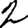
Digit: 2